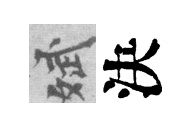
斌決